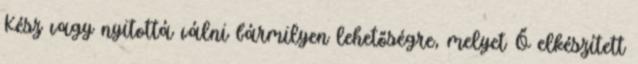
Kész vagy nyitottá válni bármilyen lehetőségre, melyet Ő elkészített